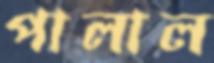
পালাল